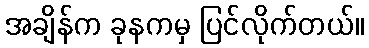
အချိန်က ခုနကမှ ပြင်လိုက်တယ်။